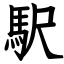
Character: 駅